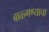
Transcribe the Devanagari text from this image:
बाळ्गण्याचा